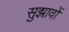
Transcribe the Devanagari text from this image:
सुझावोें